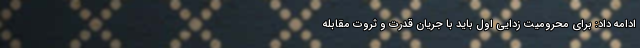
ادامه داد: برای محرومیت زدایی اول باید با جریان قدرت و ثروت مقابله